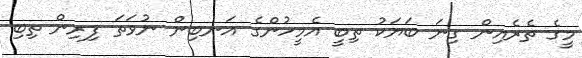
މީގެ ތެރެއިން ގިނަ ބަޔަކު ތިބީ އެމީހުންގެ އަނބިން ނުވަތަ ފިރިން ތިބި